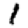
Digit: 1